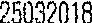
25032018